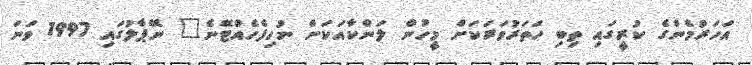
އަހަރުމެންގެ ކުރީގައި ތިބި ހަތަރުވަރަކަށް މީހުން ލަންކާއަކަށް ނުހިފެހެއްޓޭނެ" ނޭޕާލުގައި 1997 ވަނަ